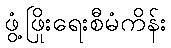
ဖွံ့ဖြိုးရေးစီမံကိန်း